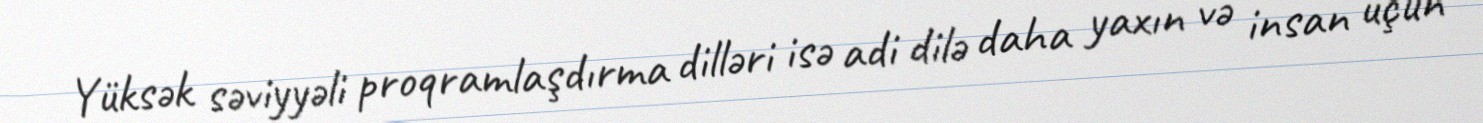
Yüksək səviyyəli proqramlaşdırma dilləri isə adi dilə daha yaxın və insan üçün